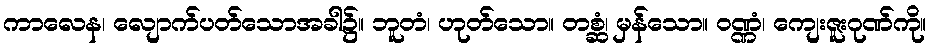
ကာလေန၊ လျောက်ပတ်သောအခါ၌။ ဘူတံ၊ ဟုတ်သော။ တစ္ဆံ၊ မှန်သော။ ဝဏ္ဏံ၊ ကျေးဇူးဂုဏ်ကို။